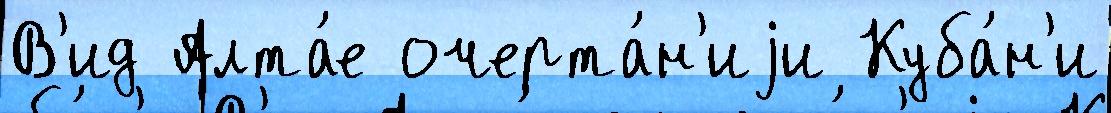
В'ид Алта́е очерта́н'иjи Куба́н'и